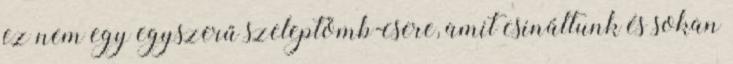
ez nem egy egyszerű szeleptömb-csere, amit csináltunk és sokan